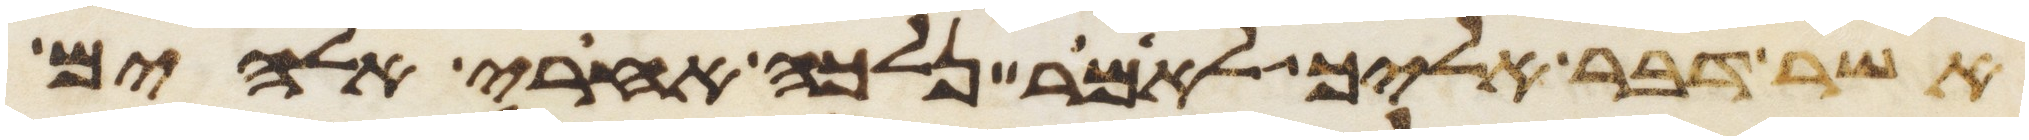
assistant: אשר דבר אליך לאמר נלכה אחרי אלהים